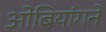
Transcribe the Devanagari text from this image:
ओबियांगने